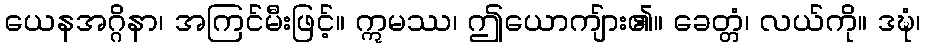
ယေနအဂ္ဂိနာ၊ အကြင်မီးဖြင့်။ ဣမဿ၊ ဤယောကျ်ား၏။ ခေတ္တံ၊ လယ်ကို။ ဒဍ္ဎံ၊